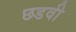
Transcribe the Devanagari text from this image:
छडवी